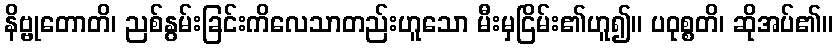
နိဗ္ဗုတောတိ၊ ညစ်နွမ်းခြင်းကိလေသာတည်းဟူသော မီးမှငြိမ်း၏ဟူ၍။ ပဝုစ္စတိ၊ ဆိုအပ်၏။